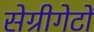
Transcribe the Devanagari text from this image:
सेग्रीगेटों